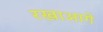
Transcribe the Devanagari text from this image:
रखाआगे